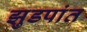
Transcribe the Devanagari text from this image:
झुडपांत